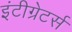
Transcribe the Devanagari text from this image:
इंटीग्रेटर्स